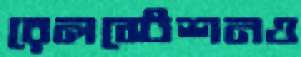
রেলস্টেশনও